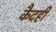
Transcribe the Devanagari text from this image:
कैदही